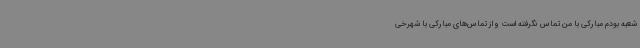
شعبه بودم مبارکی با من تماس نگرفته است و از تماس‌های مبارکی با شهرخی